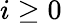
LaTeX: i\geq 0